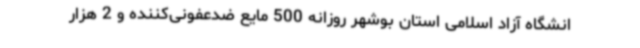
انشگاه آزاد اسلامی استان بوشهر روزانه 500 مایع ضدعفونی‌کننده و 2 هزار